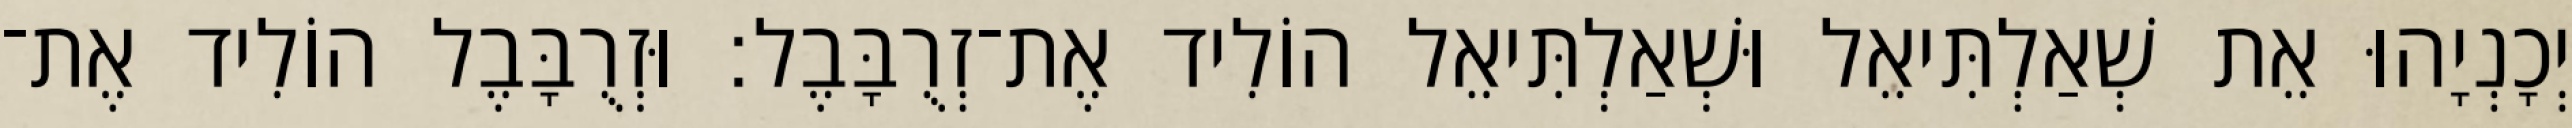
יְכָנְיָהוּ אֵת שְׁאַלְתִּיאֵל וּשְׁאַלְתִּיאֵל הוֹלִיד אֶת־זְרֻבָּבֶל׃ וּזְרֻבָּבֶל הוֹלִיד אֶת־